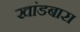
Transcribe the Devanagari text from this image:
खांडबारा